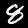
Label: 8